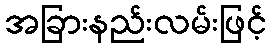
အခြားနည်းလမ်းဖြင့်